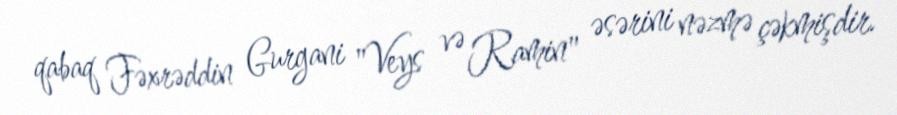
qabaq Fəxrəddin Gurgani "Veys və Ramin" əsərini nəzmə çəkmişdir.